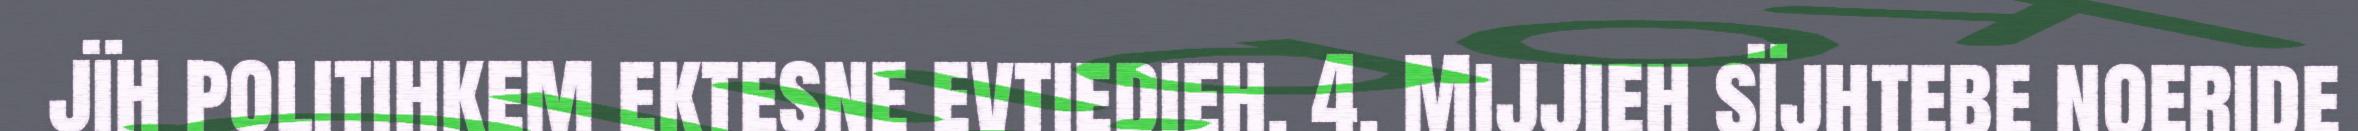
jïh politihkem ektesne evtiedieh. 4. Mijjieh sïjhtebe noeride